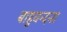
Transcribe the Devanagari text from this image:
बाहुवन्दना